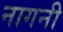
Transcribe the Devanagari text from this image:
नागनी